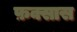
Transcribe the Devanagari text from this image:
फ़क्सास